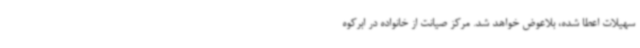
سهیلات اعطا شده، بلاعوض خواهد شد. مرکز صیانت از خانواده در ابرکوه